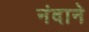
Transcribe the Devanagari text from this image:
नंदाने